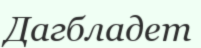
Дагбладет